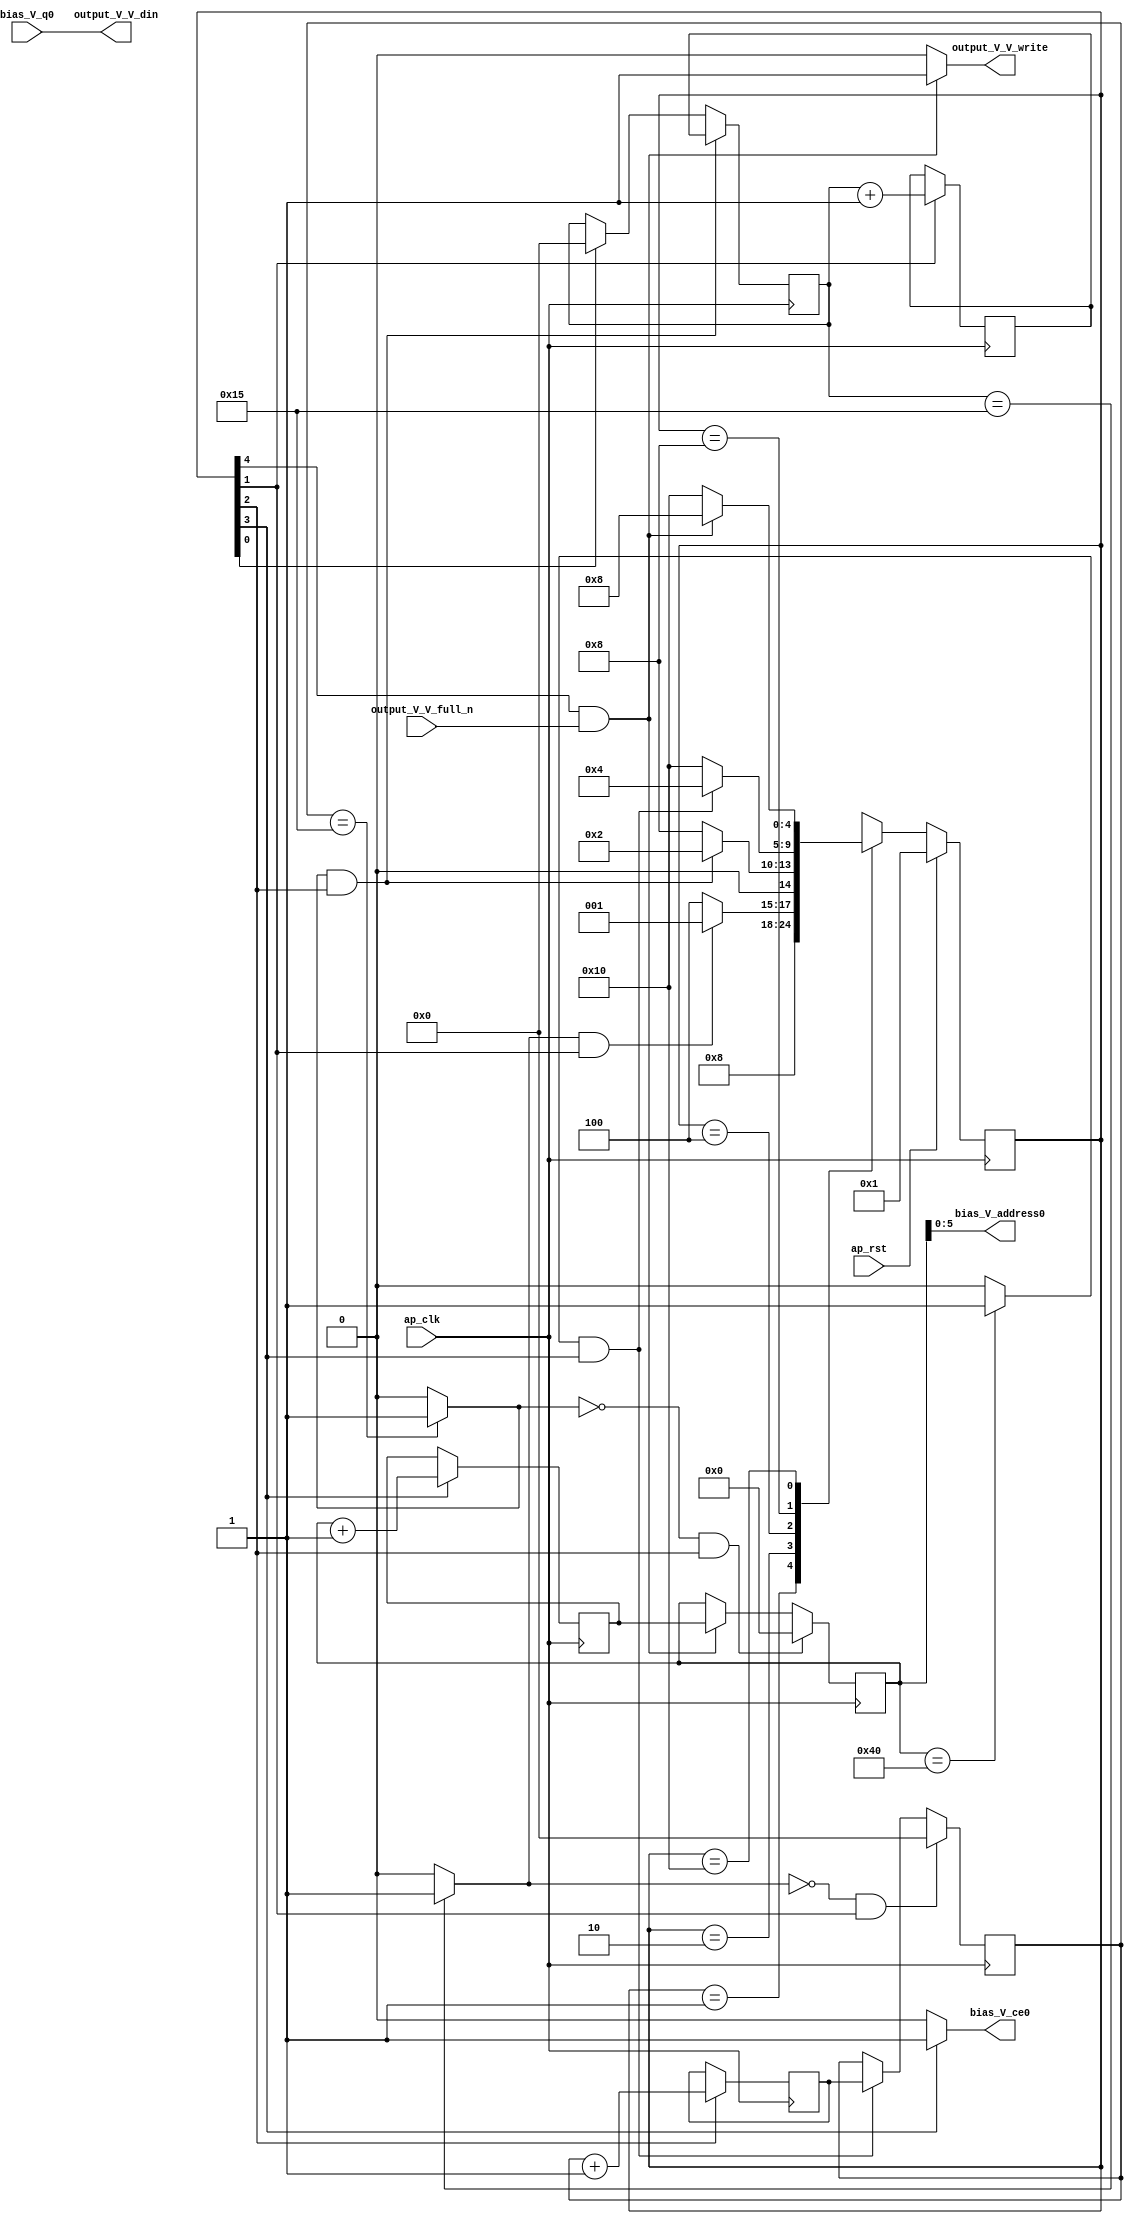
// ==============================================================
// RTL generated by Vivado(TM) HLS - High-Level Synthesis from C, C++ and SystemC
// Version: 2017.4
// Copyright (C) 1986-2017 Xilinx, Inc. All Rights Reserved.
// 
// ===========================================================

`timescale 1 ns / 1 ps 

(* CORE_GENERATION_INFO="bias_s_14,hls_ip_2017_4,{HLS_INPUT_TYPE=cxx,HLS_INPUT_FLOAT=0,HLS_INPUT_FIXED=1,HLS_INPUT_PART=xczu9eg-ffvb1156-2-e,HLS_INPUT_CLOCK=10.000000,HLS_INPUT_ARCH=others,HLS_SYN_CLOCK=2.515000,HLS_SYN_LAT=57373,HLS_SYN_TPT=none,HLS_SYN_MEM=0,HLS_SYN_DSP=0,HLS_SYN_FF=39,HLS_SYN_LUT=147}" *)

module bias_s_14 (
        ap_clk,
        ap_rst,
        output_V_V_din,
        output_V_V_full_n,
        output_V_V_write,
        bias_V_address0,
        bias_V_ce0,
        bias_V_q0
);

parameter    ap_ST_fsm_state1 = 5'd1;
parameter    ap_ST_fsm_state2 = 5'd2;
parameter    ap_ST_fsm_state3 = 5'd4;
parameter    ap_ST_fsm_state4 = 5'd8;
parameter    ap_ST_fsm_state5 = 5'd16;

input   ap_clk;
input   ap_rst;
output  [7:0] output_V_V_din;
input   output_V_V_full_n;
output   output_V_V_write;
output  [5:0] bias_V_address0;
output   bias_V_ce0;
input  [7:0] bias_V_q0;

reg output_V_V_write;
reg bias_V_ce0;

reg    output_V_V_blk_n;
(* fsm_encoding = "none" *) reg   [4:0] ap_CS_fsm;
wire    ap_CS_fsm_state5;
wire   [4:0] hout_1_fu_107_p2;
reg   [4:0] hout_1_reg_145;
wire    ap_CS_fsm_state2;
wire   [4:0] wout_1_fu_119_p2;
reg   [4:0] wout_1_reg_153;
wire    ap_CS_fsm_state3;
wire   [6:0] init_idx_1_fu_131_p2;
reg   [6:0] init_idx_1_reg_161;
wire    ap_CS_fsm_state4;
wire   [0:0] exitcond_fu_125_p2;
reg   [4:0] hout_reg_68;
wire    ap_CS_fsm_state1;
wire   [0:0] exitcond2_fu_113_p2;
reg   [4:0] wout_reg_79;
wire   [0:0] exitcond3_fu_101_p2;
reg   [6:0] init_idx_reg_90;
wire   [63:0] tmp_fu_137_p1;
reg   [4:0] ap_NS_fsm;

// power-on initialization
initial begin
#0 ap_CS_fsm = 5'd1;
end

always @ (posedge ap_clk) begin
    if (ap_rst == 1'b1) begin
        ap_CS_fsm <= ap_ST_fsm_state1;
    end else begin
        ap_CS_fsm <= ap_NS_fsm;
    end
end

always @ (posedge ap_clk) begin
    if (((exitcond2_fu_113_p2 == 1'd1) & (1'b1 == ap_CS_fsm_state3))) begin
        hout_reg_68 <= hout_1_reg_145;
    end else if ((1'b1 == ap_CS_fsm_state1)) begin
        hout_reg_68 <= 5'd0;
    end
end

always @ (posedge ap_clk) begin
    if (((exitcond2_fu_113_p2 == 1'd0) & (1'b1 == ap_CS_fsm_state3))) begin
        init_idx_reg_90 <= 7'd0;
    end else if (((1'b1 == ap_CS_fsm_state5) & (output_V_V_full_n == 1'b1))) begin
        init_idx_reg_90 <= init_idx_1_reg_161;
    end
end

always @ (posedge ap_clk) begin
    if (((exitcond3_fu_101_p2 == 1'd0) & (1'b1 == ap_CS_fsm_state2))) begin
        wout_reg_79 <= 5'd0;
    end else if (((exitcond_fu_125_p2 == 1'd1) & (1'b1 == ap_CS_fsm_state4))) begin
        wout_reg_79 <= wout_1_reg_153;
    end
end

always @ (posedge ap_clk) begin
    if ((1'b1 == ap_CS_fsm_state2)) begin
        hout_1_reg_145 <= hout_1_fu_107_p2;
    end
end

always @ (posedge ap_clk) begin
    if ((1'b1 == ap_CS_fsm_state4)) begin
        init_idx_1_reg_161 <= init_idx_1_fu_131_p2;
    end
end

always @ (posedge ap_clk) begin
    if ((1'b1 == ap_CS_fsm_state3)) begin
        wout_1_reg_153 <= wout_1_fu_119_p2;
    end
end

always @ (*) begin
    if ((1'b1 == ap_CS_fsm_state4)) begin
        bias_V_ce0 = 1'b1;
    end else begin
        bias_V_ce0 = 1'b0;
    end
end

always @ (*) begin
    if ((1'b1 == ap_CS_fsm_state5)) begin
        output_V_V_blk_n = output_V_V_full_n;
    end else begin
        output_V_V_blk_n = 1'b1;
    end
end

always @ (*) begin
    if (((1'b1 == ap_CS_fsm_state5) & (output_V_V_full_n == 1'b1))) begin
        output_V_V_write = 1'b1;
    end else begin
        output_V_V_write = 1'b0;
    end
end

always @ (*) begin
    case (ap_CS_fsm)
        ap_ST_fsm_state1 : begin
            ap_NS_fsm = ap_ST_fsm_state2;
        end
        ap_ST_fsm_state2 : begin
            if (((exitcond3_fu_101_p2 == 1'd1) & (1'b1 == ap_CS_fsm_state2))) begin
                ap_NS_fsm = ap_ST_fsm_state1;
            end else begin
                ap_NS_fsm = ap_ST_fsm_state3;
            end
        end
        ap_ST_fsm_state3 : begin
            if (((exitcond2_fu_113_p2 == 1'd1) & (1'b1 == ap_CS_fsm_state3))) begin
                ap_NS_fsm = ap_ST_fsm_state2;
            end else begin
                ap_NS_fsm = ap_ST_fsm_state4;
            end
        end
        ap_ST_fsm_state4 : begin
            if (((exitcond_fu_125_p2 == 1'd1) & (1'b1 == ap_CS_fsm_state4))) begin
                ap_NS_fsm = ap_ST_fsm_state3;
            end else begin
                ap_NS_fsm = ap_ST_fsm_state5;
            end
        end
        ap_ST_fsm_state5 : begin
            if (((1'b1 == ap_CS_fsm_state5) & (output_V_V_full_n == 1'b1))) begin
                ap_NS_fsm = ap_ST_fsm_state4;
            end else begin
                ap_NS_fsm = ap_ST_fsm_state5;
            end
        end
        default : begin
            ap_NS_fsm = 'bx;
        end
    endcase
end

assign ap_CS_fsm_state1 = ap_CS_fsm[32'd0];

assign ap_CS_fsm_state2 = ap_CS_fsm[32'd1];

assign ap_CS_fsm_state3 = ap_CS_fsm[32'd2];

assign ap_CS_fsm_state4 = ap_CS_fsm[32'd3];

assign ap_CS_fsm_state5 = ap_CS_fsm[32'd4];

assign bias_V_address0 = tmp_fu_137_p1;

assign exitcond2_fu_113_p2 = ((wout_reg_79 == 5'd21) ? 1'b1 : 1'b0);

assign exitcond3_fu_101_p2 = ((hout_reg_68 == 5'd21) ? 1'b1 : 1'b0);

assign exitcond_fu_125_p2 = ((init_idx_reg_90 == 7'd64) ? 1'b1 : 1'b0);

assign hout_1_fu_107_p2 = (hout_reg_68 + 5'd1);

assign init_idx_1_fu_131_p2 = (init_idx_reg_90 + 7'd1);

assign output_V_V_din = bias_V_q0;

assign tmp_fu_137_p1 = init_idx_reg_90;

assign wout_1_fu_119_p2 = (wout_reg_79 + 5'd1);

endmodule //bias_s_14